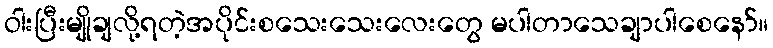
ဝါးပြီးမျိုချလို့ရတဲ့အပိုင်းစသေးသေးလေးတွေ မပါတာသေချာပါစေနော်။